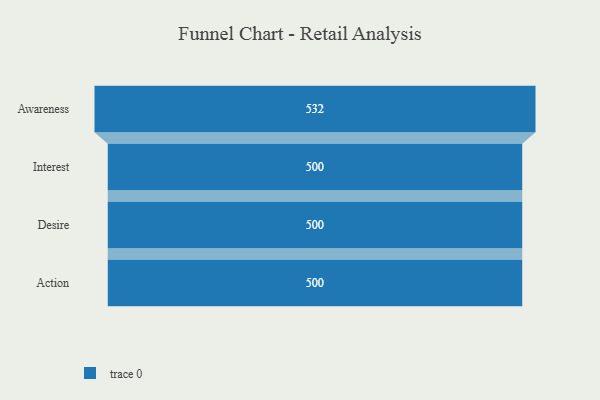
{"axis": {"x": "Stage", "y": "Value"}, "legend": [""], "data": [{"x": "Awareness", "y": 532.0, "type": ""}, {"x": "Interest", "y": 500, "type": ""}, {"x": "Desire", "y": 500, "type": ""}, {"x": "Action", "y": 500, "type": ""}]}